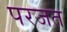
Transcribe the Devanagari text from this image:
परजत